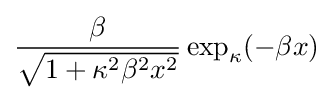
{\frac {\beta }{\sqrt {1+\kappa ^{2}\beta ^{2}x^{2}}}}\exp _{\kappa }(-\beta x)